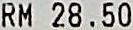
RM 28.50